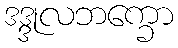
ဒဒ္ဒုလဘက္ခော